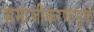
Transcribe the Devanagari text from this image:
समाजीकरणामुळे